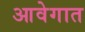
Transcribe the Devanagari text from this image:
आवेगात